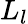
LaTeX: L_{l}